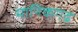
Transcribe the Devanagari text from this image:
मानिकगढ